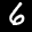
Label: 6